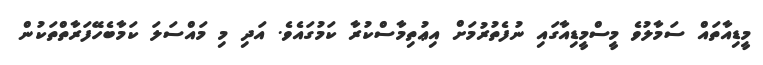
މީޑިއާތައް ސަމާލުވެ މީސްމީޑިއާގައި ނުފެތުރުމަށް އިޢުތިމާސްކުރާ ކަމުގައެވެ. އަދި މި މައްސަލަ ކަމާބެހޭފަރާތްތަކުން